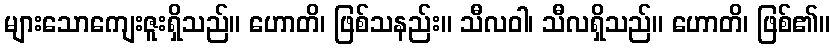
များသောကျေးဇူးရှိသည်။ ဟောတိ၊ ဖြစ်သနည်း။ သီလဝါ၊ သီလရှိသည်။ ဟောတိ၊ ဖြစ်၏။